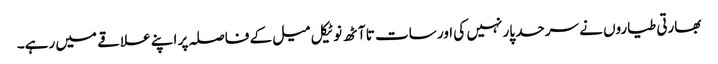
بھارتی طیاروں نے سرحد پار نہیں کی اور سات تا آٹھ نوٹیکل میل کے فاصلہ پر اپنے علاقے میں رہے۔